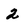
Character: 2